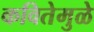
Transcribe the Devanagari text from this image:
कवितेमुळे